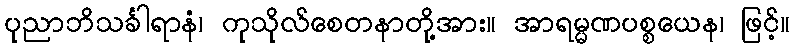
ပုညာဘိသင်္ခါရာနံ၊ ကုသိုလ်စေတနာတို့အား။ အာရမ္မဏပစ္စယေန၊ ဖြင့်။